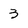
Character: 3